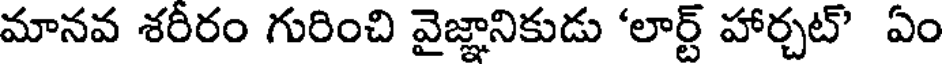
మానవ శరీరం గురించి వైజ్ఞానికుడు 'లార్ట్ హార్చట్' ఏం